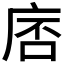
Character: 𪪓